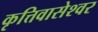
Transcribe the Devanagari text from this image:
कृत्तिवासेश्वर